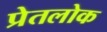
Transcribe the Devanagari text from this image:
प्रेतलोक